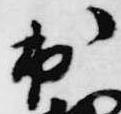
出